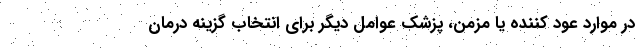
در موارد عود کننده یا مزمن، پزشک عوامل دیگر برای انتخاب گزینه درمان